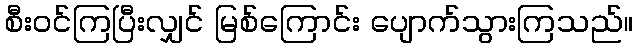
စီးဝင်ကြပြီးလျှင် မြစ်ကြောင်း ပျောက်သွားကြသည်။